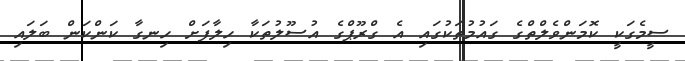
ސީމެގަކީ ކޮމަންވެލްތްގެ ގައުމުތަކުގައި އެ ގްރޫޕްގެ އުސޫލުތަކާ ހިލާފަށް ހިނގާ ކަންކަން ބަލައި